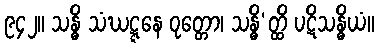
၉၄၂။ သန္ဓိ သံဃဋ္ဋနေ ဝုတ္တော၊ သန္ဓိ’တ္ထိ ပဋိသန္ဓိယံ။